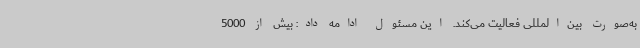
به‌صورت بین‌المللی فعالیت می‌کند. این مسئول ادامه داد: بیش از 5000